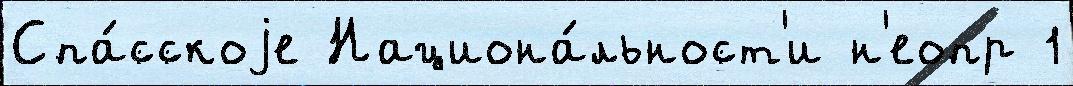
Спа́сскоjе Национа́льност'и н'еопр 1